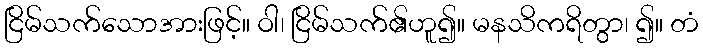
ငြိမ်သက်သောအားဖြင့်။ ဝါ၊ ငြိမ်သက်၏ဟူ၍။ မနသိကရိတွာ၊ ၍။ တံ